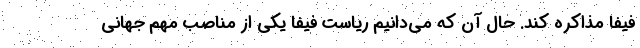
فیفا مذاکره کند. حال آن که می‌دانیم ریاست فیفا یکی از مناصب مهم جهانی